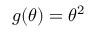
g ( \theta ) = \theta ^ { 2 }